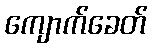
ကျောက်ခေတ်